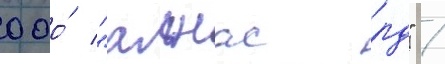
ооо́ "алнас рд" /